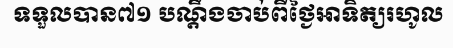
ទទួលបាន៧១ បណ្តឹងចាប់ពីថ្ងៃអាទិត្យរហូល